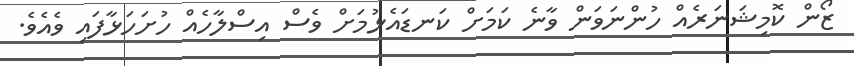
ޒޯން ކޮމިޝަނަރެއް ހުންނަވަން ވާނެ ކަމަށް ކަނޑައެޅުމަށް ވެސް އިސްލާހެއް ހުށަހަޅާފައި ވެއެވެ.